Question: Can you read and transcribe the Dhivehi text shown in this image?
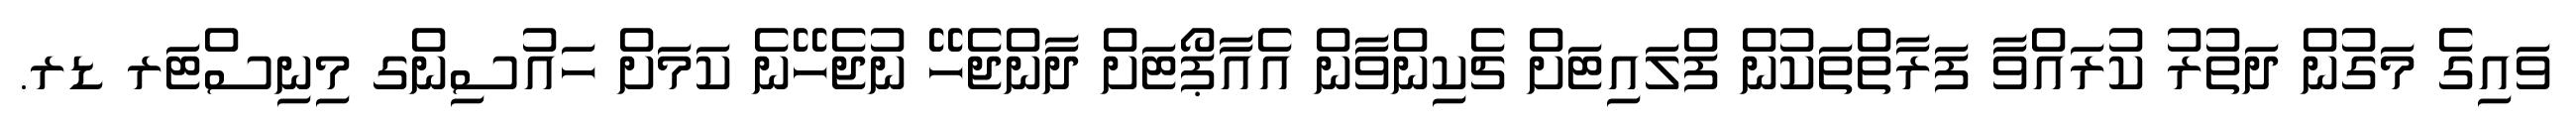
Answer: ވައިގެ މަގުން ދަތުރު ކުރައްވާ ފަރާތްތަކުން ފްލައިޓަށް ޗެކިންވާން އެއާޕޯޓަށް ދާންޖެހޭ ނުޖެހޭނެ ކަމަށް ހައުސިންގ މިނިސްޓަރ ޑރ.